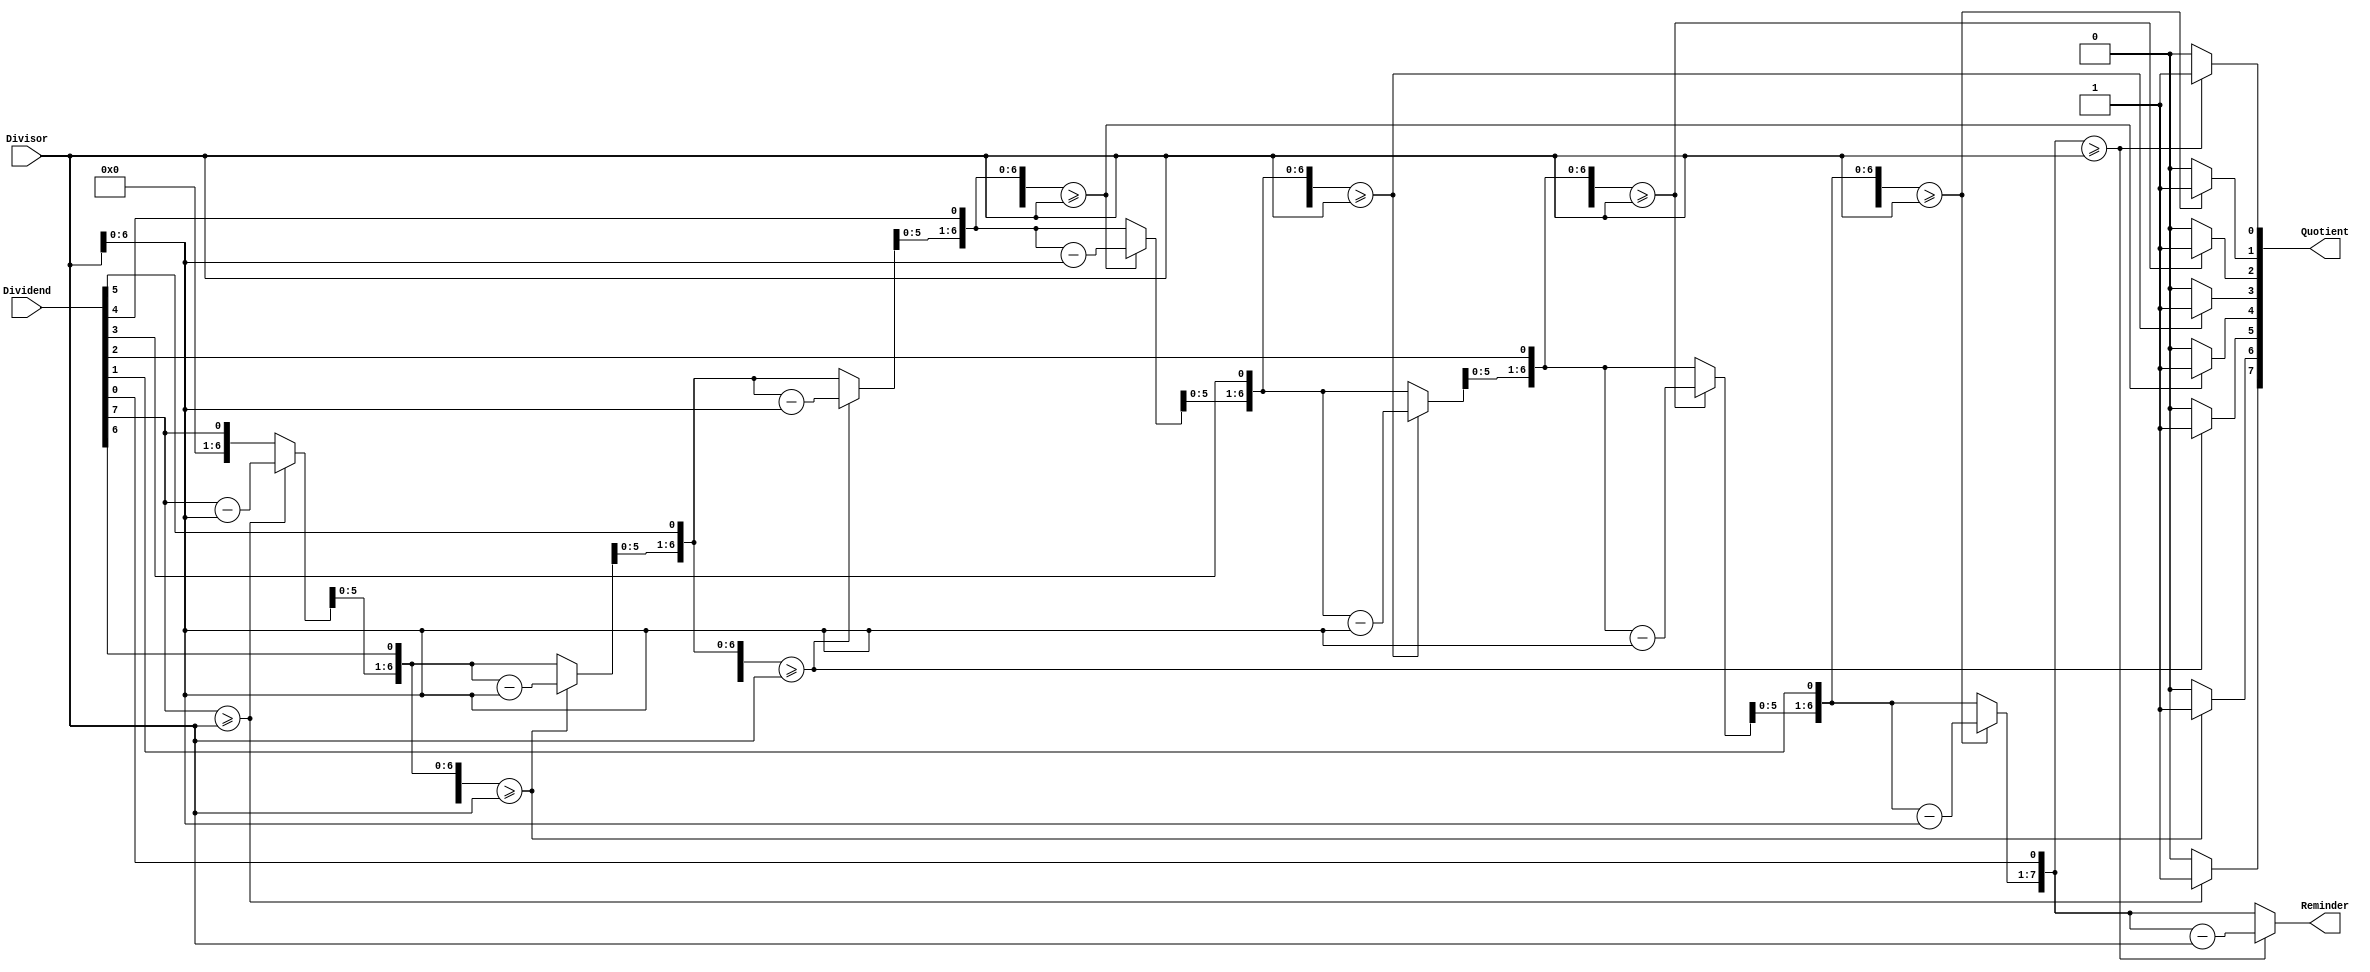
module Division_comb(Divisor,Dividend,Quotient,Reminder);
input [7:0] Divisor,Dividend;
output reg[7:0] Quotient,Reminder;
reg[7:0] temp,tempD;
integer count;
// always @(posedge ready) begin
//     tempD<=D;
//     temp<=8'b00000000;
// end
always @(Divisor,Dividend) 
begin
tempD=Dividend;
temp=8'b00000000;
        for(count=0;count<8;count=count+1)
        begin
        temp=temp<<1;
      temp[0]=tempD[7];
      tempD=tempD<<1;
      if(temp>=Divisor)begin
        temp=temp-Divisor;
        tempD[0]=1'b1;
      end
      else begin
        tempD[0]=1'b0;
      end
        end
    Quotient=tempD;
    Reminder=temp;
end
endmodule